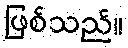
ဖြစ်သည်။